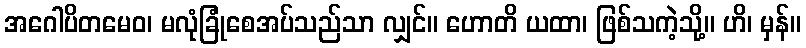
အဂေါပိတမေဝ၊ မလုံခြုံစေအပ်သည်သာ လျှင်။ ဟောတိ ယထာ၊ ဖြစ်သကဲ့သို့။ ဟိ၊ မှန်။